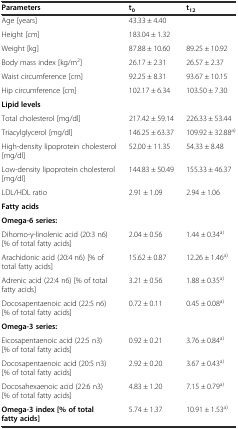
<table><thead><tr><td><b>Parameters</b></td><td><b>t<sub>0</sub></b></td><td><b>t<sub>12</sub></b></td></tr></thead><tbody><tr><td>Age [years]</td><td>43.33 ± 4.40</td><td></td></tr><tr><td>Height [cm]</td><td>183.04 ± 1.32</td><td></td></tr><tr><td>Weight [kg]</td><td>87.88 ± 10.60</td><td>89.25 ± 10.92</td></tr><tr><td>Body mass index [kg/m<sup>2</sup>]</td><td>26.17 ± 2.31</td><td>26.57 ± 2.37</td></tr><tr><td>Waist circumference [cm]</td><td>92.25 ± 8.31</td><td>93.67 ± 10.15</td></tr><tr><td>Hip circumference [cm]</td><td>102.17 ± 6.34</td><td>103.50 ± 7.30</td></tr><tr><td><b>Lipid levels</b></td><td></td><td></td></tr><tr><td>Total cholesterol [mg/dl]</td><td>217.42 ± 59.14</td><td>226.33 ± 53.44</td></tr><tr><td>Triacylglycerol [mg/dl]</td><td>146.25 ± 63.37</td><td>109.92 ± 32.88<sup>a)</sup></td></tr><tr><td>High-density lipoprotein cholesterol [mg/dl]</td><td>52.00 ± 11.35</td><td>54.33 ± 8.48</td></tr><tr><td>Low-density lipoprotein cholesterol [mg/dl]</td><td>144.83 ± 50.49</td><td>155.33 ± 46.37</td></tr><tr><td>LDL/HDL ratio</td><td>2.91 ± 1.09</td><td>2.94 ± 1.06</td></tr><tr><td><b>Fatty acids</b></td><td></td><td></td></tr><tr><td><b>Omega-6 series:</b></td><td></td><td></td></tr><tr><td>Dihomo-γ-linolenic acid (20:3 n6) [% of total fatty acids]</td><td>2.04 ± 0.56</td><td>1.44 ± 0.34<sup>a)</sup></td></tr><tr><td>Arachidonic acid (20:4 n6) [% of total fatty acids]</td><td>15.62 ± 0.87</td><td>12.26 ± 1.46<sup>a)</sup></td></tr><tr><td>Adrenic acid (22:4 n6) [% of total fatty acids]</td><td>3.21 ± 0.56</td><td>1.88 ± 0.35<sup>a)</sup></td></tr><tr><td>Docosapentaenoic acid (22:5 n6) [% of total fatty acids]</td><td>0.72 ± 0.11</td><td>0.45 ± 0.08<sup>a)</sup></td></tr><tr><td><b>Omega-3 series:</b></td><td></td><td></td></tr><tr><td>Eicosapentaenoic acid (22:5 n3) [% of total fatty acids]</td><td>0.92 ± 0.21</td><td>3.76 ± 0.84<sup>a)</sup></td></tr><tr><td>Docosapentaenoic acid (20:5 n3) [% of total fatty acids]</td><td>2.92 ± 0.20</td><td>3.67 ± 0.43<sup>a)</sup></td></tr><tr><td>Docosahexaenoic acid (22:6 n3) [% of total fatty acids]</td><td>4.83 ± 1.20</td><td>7.15 ± 0.79<sup>a)</sup></td></tr><tr><td><b>Omega-3 index [% of total fatty acids]</b></td><td>5.74 ± 1.37</td><td>10.91 ± 1.53<sup>a)</sup></td></tr></tbody></table>